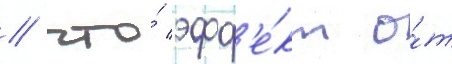
/ что́ эфф'е́кт о́т